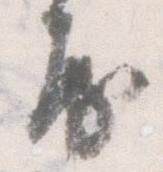
房